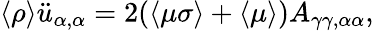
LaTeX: \langle\rho\rangle\ddot{u}_{\alpha,\alpha}=2(\langle\mu\sigma\rangle+\langle\mu\rangle)A_{\gamma\gamma,\alpha\alpha},